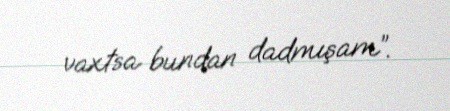
vaxtsa bundan dadmışam”.